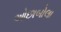
ઓછાબોલા